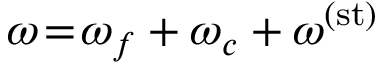
\boldsymbol { \omega } \! = \! \boldsymbol { \omega } _ { f } + \boldsymbol { \omega } _ { c } + \boldsymbol { \omega } ^ { ( \mathrm { s t } ) }